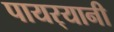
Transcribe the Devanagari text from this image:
पायर्‍यानी